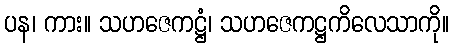
ပန၊ ကား။ သဟဇေကဋ္ဌံ၊ သဟဇေကဋ္ဌကိလေသာကို။